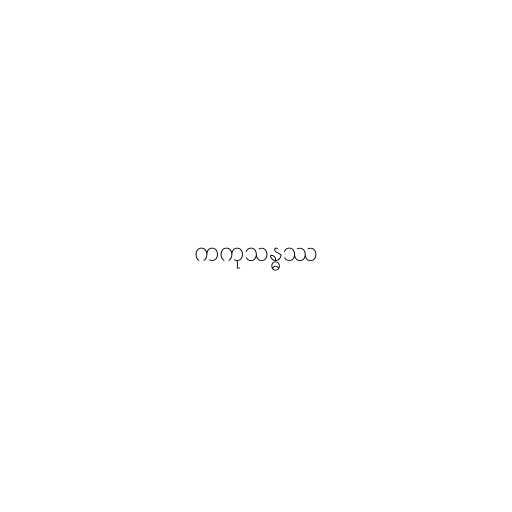
ကကုသန္ဓဿ